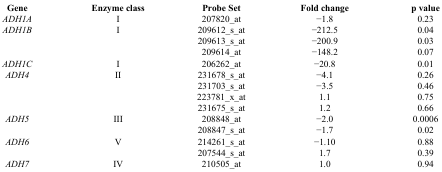
<table><thead><tr><td><b>Gene</b></td><td><b>Enzyme class</b></td><td><b>Probe Set</b></td><td><b>Fold change</b></td><td><b>p value</b></td></tr></thead><tbody><tr><td><i>ADH1A</i></td><td>I</td><td>207820_at</td><td>−1.8</td><td>0.23</td></tr><tr><td><i>ADH1B</i></td><td>I</td><td>209612_s_at</td><td>−212.5</td><td>0.04</td></tr><tr><td></td><td></td><td>209613_s_at</td><td>−200.9</td><td>0.03</td></tr><tr><td></td><td></td><td>209614_at</td><td>−148.2</td><td>0.07</td></tr><tr><td><i>ADH1C</i></td><td>I</td><td>206262_at</td><td>−20.8</td><td>0.01</td></tr><tr><td><i>ADH4</i></td><td>II</td><td>231678_s_at</td><td>−4.1</td><td>0.26</td></tr><tr><td></td><td></td><td>231703_s_at</td><td>−3.5</td><td>0.46</td></tr><tr><td></td><td></td><td>223781_x_at</td><td>1.1</td><td>0.75</td></tr><tr><td></td><td></td><td>231675_s_at</td><td>1.2</td><td>0.66</td></tr><tr><td><i>ADH5</i></td><td>III</td><td>208848_at</td><td>−2.0</td><td>0.0006</td></tr><tr><td></td><td></td><td>208847_s_at</td><td>−1.7</td><td>0.02</td></tr><tr><td><i>ADH6</i></td><td>V</td><td>214261_s_at</td><td>−1.10</td><td>0.88</td></tr><tr><td></td><td></td><td>207544_s_at</td><td>1.7</td><td>0.39</td></tr><tr><td><i>ADH7</i></td><td>IV</td><td>210505_at</td><td>1.0</td><td>0.94</td></tr></tbody></table>